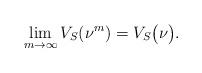
LaTeX: \begin{align*} \lim_{m \to \infty} V_S(\nu^m)=V_S \big( \nu \big).\end{align*}